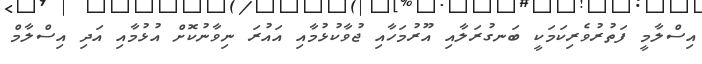
އިސްލާމީ ފަތުރުވެރިކަމަކީ ބަނގުރަލާއި އޫރުމަހާއި ޖުވާކުޅުމާއި އައުރަ ނިވާނުކޮށް އުޅުމާއި އަދި އިސްލާމް